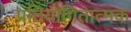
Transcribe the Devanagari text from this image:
प्रतियोगितात्मक